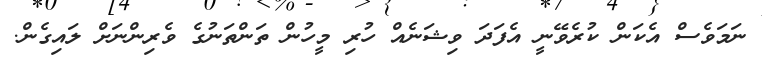
ނަމަވެސް އެކަން ކުރެވޭނީ އެފަދަ ވިޝަނެއް ހުރި މީހުން ތަންތަނުގެ ވެރިންނަށް ލައިގެން.